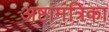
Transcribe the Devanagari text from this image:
अष्टामंत्रिका